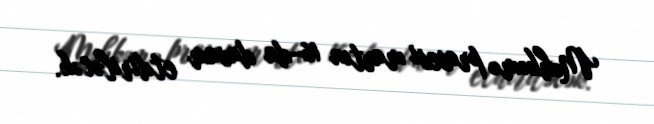
Məhkəmə prosesi martın 16-da davam etdiriləcək.